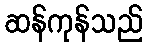
ဆန်ကုန်သည်